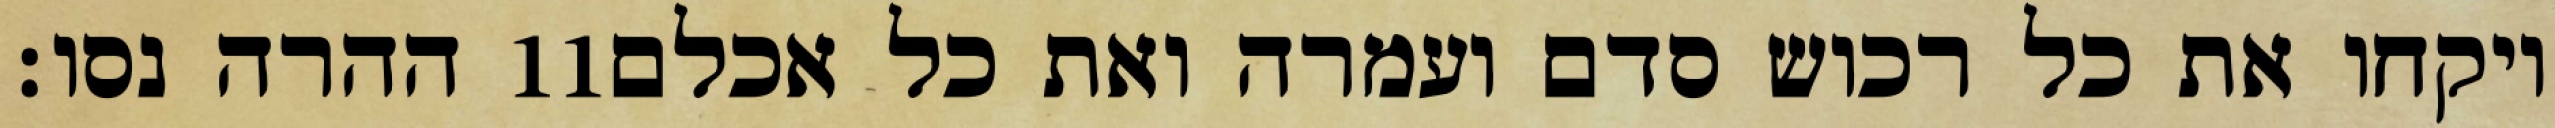
ההרה נסו׃ ‎11‏ ויקחו את כל רכוש סדם ועמרה ואת כל אכלם